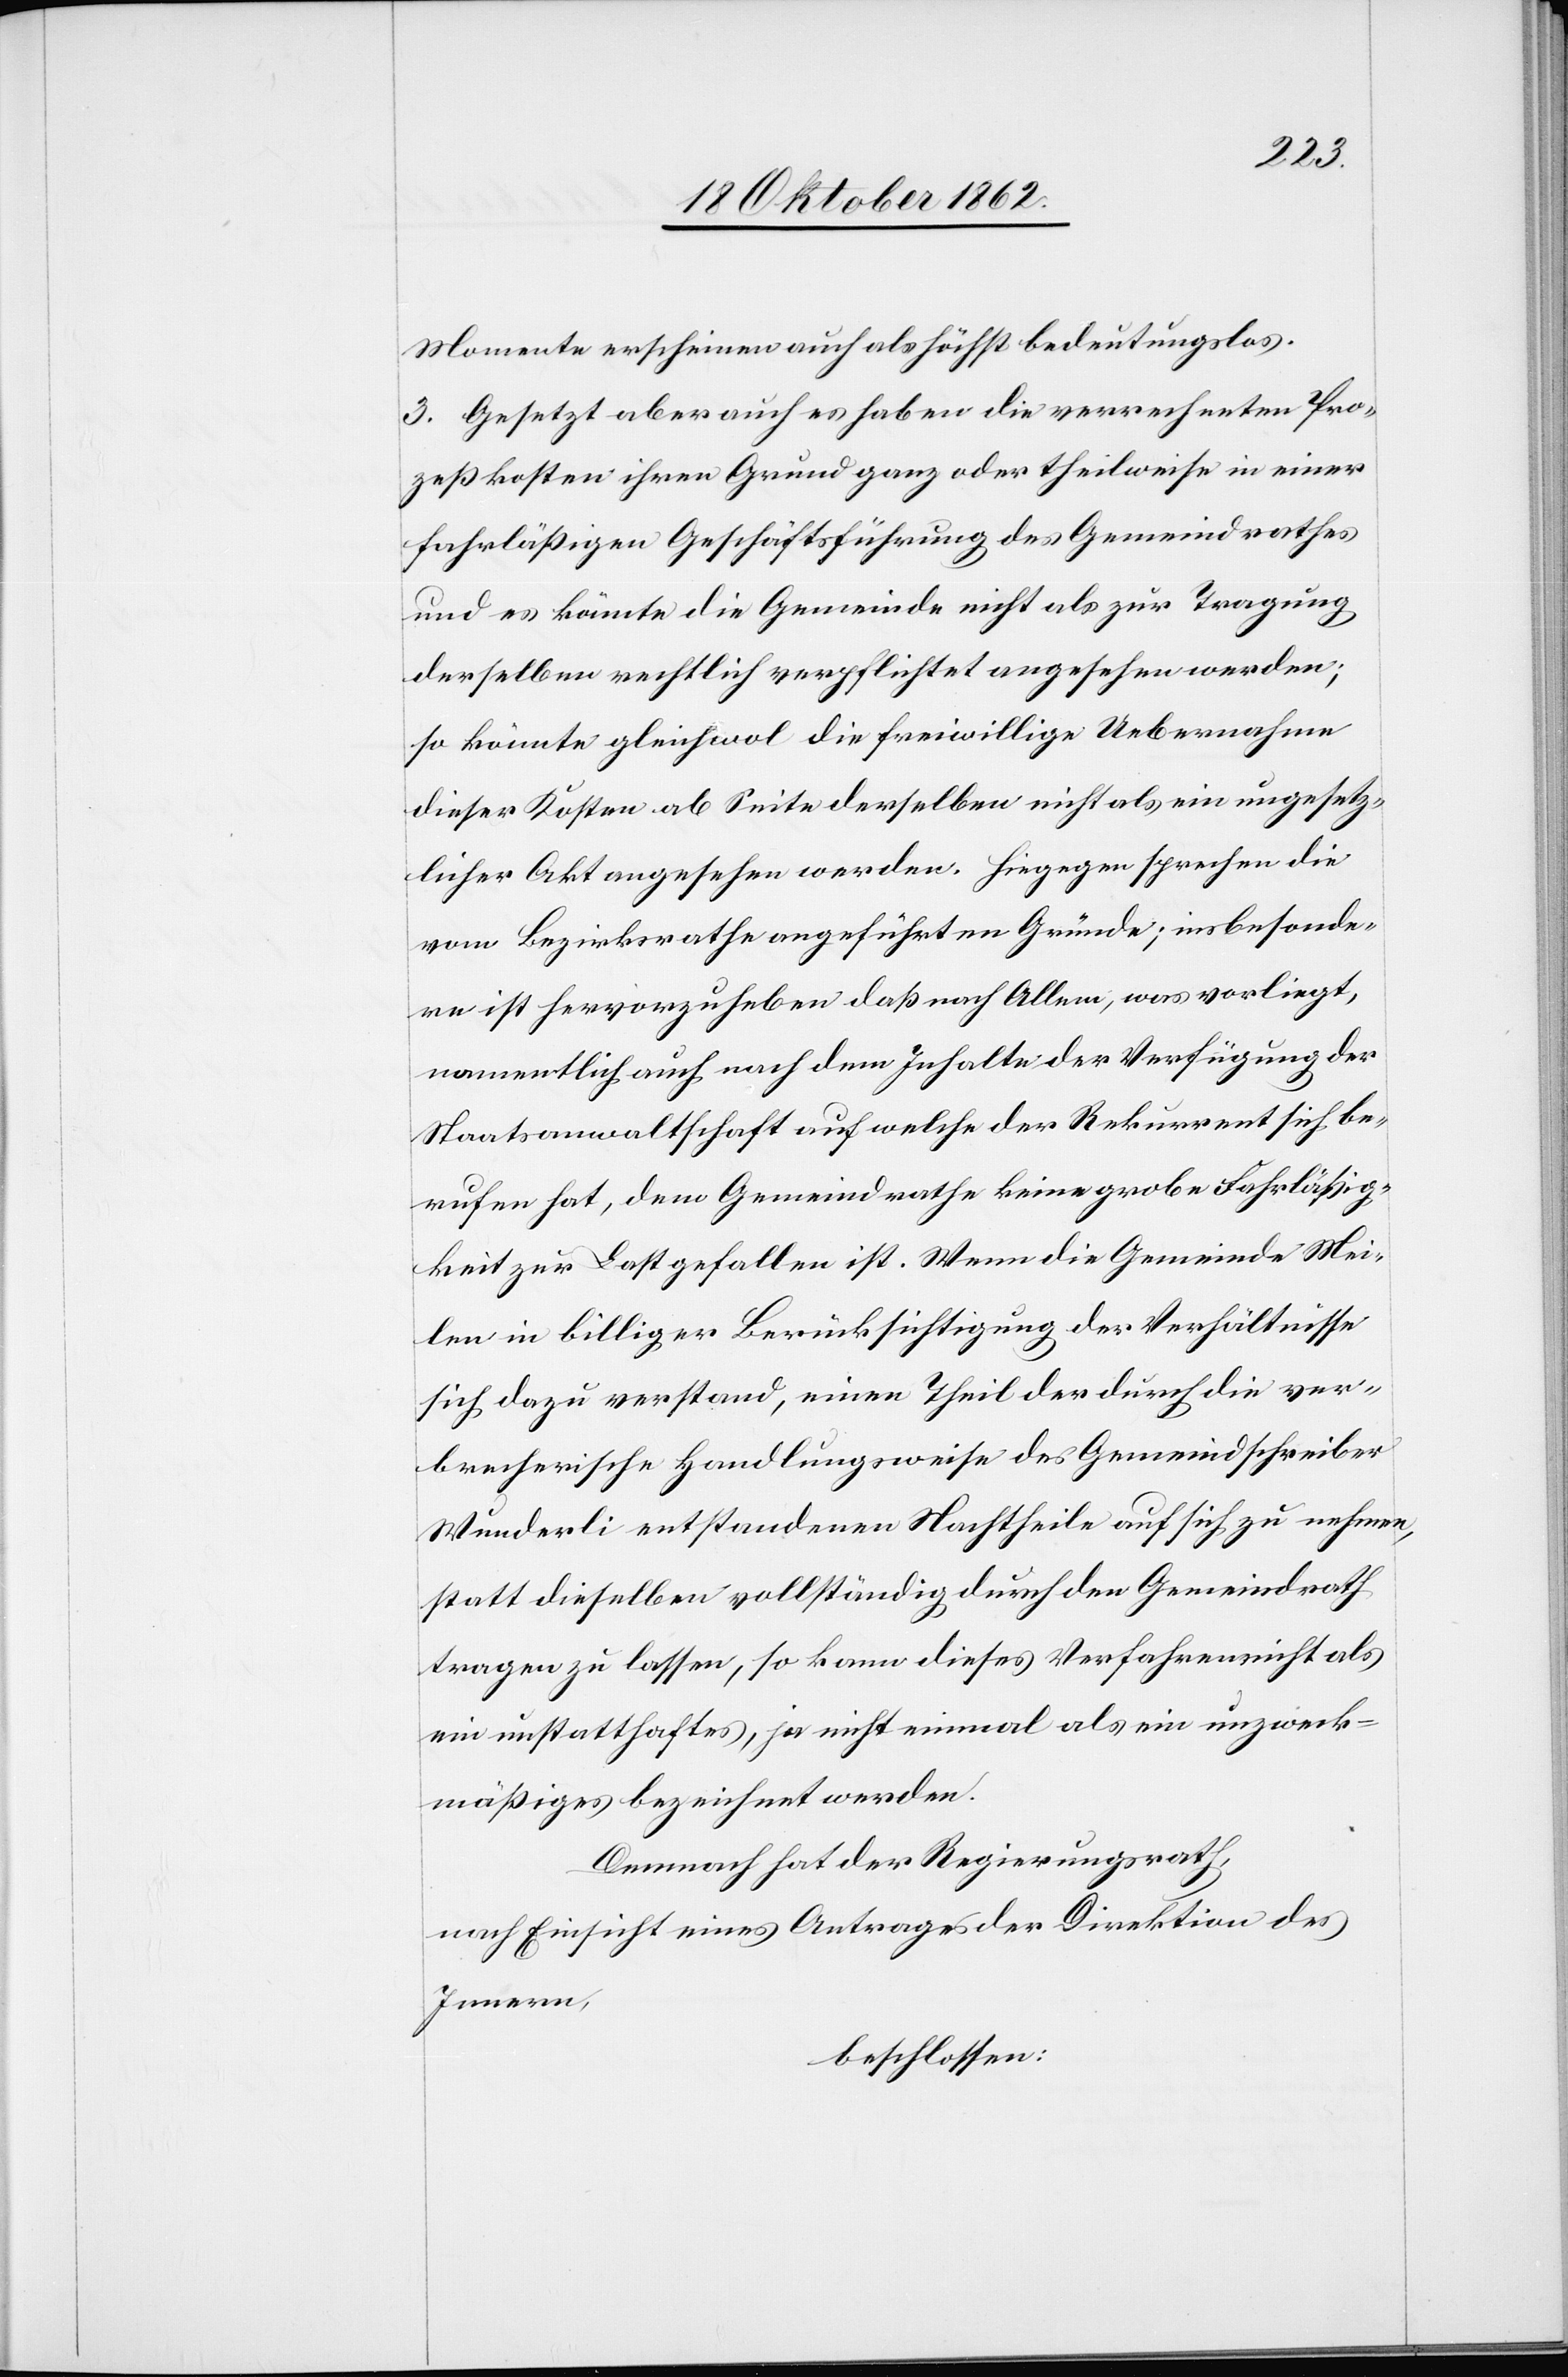
Momente erscheinen auch als höchst bedeutungslos.
3. Gesetzt aber auch es haben die verrechneten Pro¬
zeßkosten ihren Grund ganz oder theilweise in eine
fahrläßige Geschäftsführung des Gemeindrathes
und es könnte die Gemeinde nicht als zur Tragung
derselben rechtlich verpflichtet angesehen werden;
so könnte gleichwol die freiwillige Uebernahme
dieser Kosten ab Seite derselben nicht als ein ungesetz¬
licher Akt angesehen werden. Hiegegen sprechen die
vom Bezirksrathe angeführten Gründe; insbesonde¬
re ist hervorzuheben daß nach Allem, was vorliegt,
namentlich auch nach dem Inhalte der Verfügung der
Staatsanwaltschaft auf welche der Rekurrent sich be¬
rufen hat, dem Gemeindrathe keine große Fahrläßig¬
keit zur Last gefallen ist. Wenn die Gemeinde Mei¬
len in billiger Berücksichtigung der Verhältnisse
sich dazu verstand, einen Theil der durch die ver¬
brecherische Handlungsweise der Gemeindschreiber
Wunderli entstandenen Nachtheile auf sich zu nehmen,
statt dieselben vollständig durch den Gemeindrath
tragen zu lassen, so kann dieses Verfahren nicht als
ein unstatthaftes, ja nicht einmal als ein unzweck¬
mäßiges bezeichnet werden.
Demnach hat der Regierungsrath,
nach Einsicht eines Antrages der Direktion des
Innern,
beschlossen: